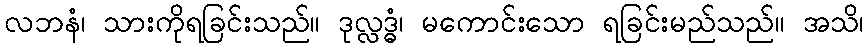
လဘနံ၊ သားကိုရခြင်းသည်။ ဒုလ္လဒ္ဓံ၊ မကောင်းသော ရခြင်းမည်သည်။ အသိ၊